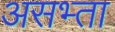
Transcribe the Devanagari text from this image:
असभ्ता